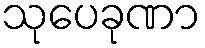
သုပေခုဏာ